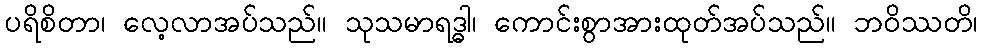
ပရိစိတာ၊ လေ့လာအပ်သည်။ သုသမာရဒ္ဓါ၊ ကောင်းစွာအားထုတ်အပ်သည်။ ဘဝိဿတိ၊